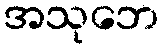
အသုဘေ